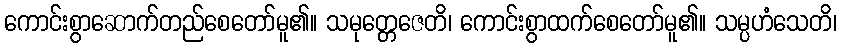
ကောင်းစွာဆောက်တည်စေတော်မူ၏။ သမုတ္တေဇေတိ၊ ကောင်းစွာထက်စေတော်မူ၏။ သမ္ပဟံသေတိ၊